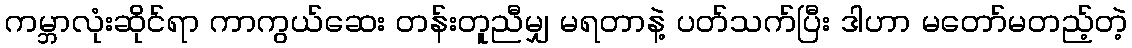
ကမ္ဘာလုံးဆိုင်ရာ ကာကွယ်ဆေး တန်းတူညီမျှ မရတာနဲ့ ပတ်သက်ပြီး ဒါဟာ မတော်မတည့်တဲ့